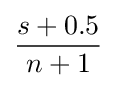
{\frac {s+0.5}{n+1}}